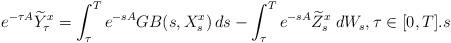
LaTeX: \begin{align*} e^{-\tau A}\widetilde Y_{\tau}^{x}=\int_\tau^Te^{-sA}G B(s,X^{x}_s)\,ds-\int_\tau^Te^{-sA}\widetilde Z^{x}_{s}\;dW_s, \tau\in [0,T].s\end{align*}